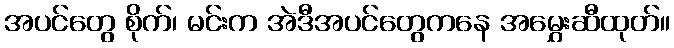
အပင်တွေ စိုက်၊ မင်းက အဲဒီအပင်တွေကနေ အမွှေးဆီထုတ်။